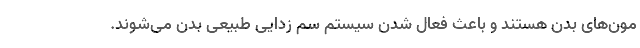
مون‌های بدن هستند و باعث فعال شدن سیستم سم زدایی طبیعی بدن می‌شوند.